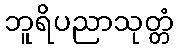
ဘူရိပညာသုတ္တံ